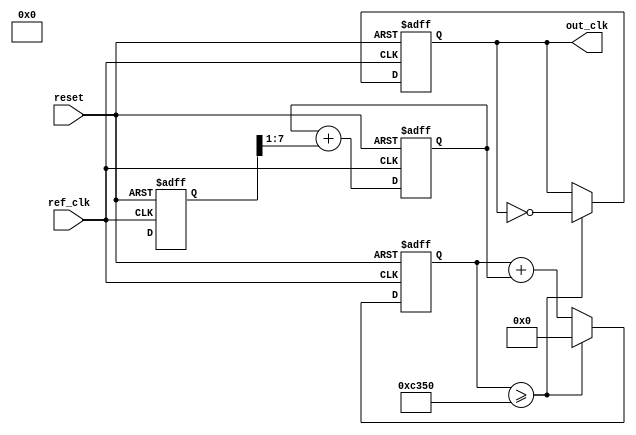
module PLL (
    input wire ref_clk,             // Reference clock input
    input wire reset,               // Reset signal
    output reg out_clk              // Output clock
);

// Internal signals
reg [7:0] phase_error;              // Phase error from PD
reg [7:0] control_voltage;           // Control voltage output from LF
reg [15:0] vco_count;                // Counter for VCO frequency
reg [3:0] lock_counter;              // Counter for lock detection

// Instantiate phase detector
always @(posedge ref_clk or posedge reset) begin
    if (reset) begin
        phase_error <= 0;
    end else begin
        // Simple phase detection logic (can be made more complex)
        phase_error <= (some_phase_detection_logic_here); // Placeholder for phase detection logic
    end
end

// Loop filter (simple first-order filter)
always @(posedge ref_clk or posedge reset) begin
    if (reset) begin
        control_voltage <= 0;
    end else begin
        control_voltage <= control_voltage + (phase_error >> 1); // Simple low-pass filtering
    end
end

// Voltage-Controlled Oscillator (VCO)
always @(posedge ref_clk or posedge reset) begin
    if (reset) begin
        vco_count <= 0;
        out_clk <= 0;
    end else begin
        // VCO frequency based on control voltage (tuning)
        vco_count <= vco_count + control_voltage;
        
        if (vco_count >= 50000) begin  // Adjust threshold for frequency
            out_clk <= ~out_clk;      // Toggle output clock
            vco_count <= 0;           // Reset counter
        end
    end
end

endmodule